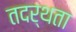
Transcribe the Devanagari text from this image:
तदर्थता